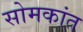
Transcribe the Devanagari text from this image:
सोमकांत